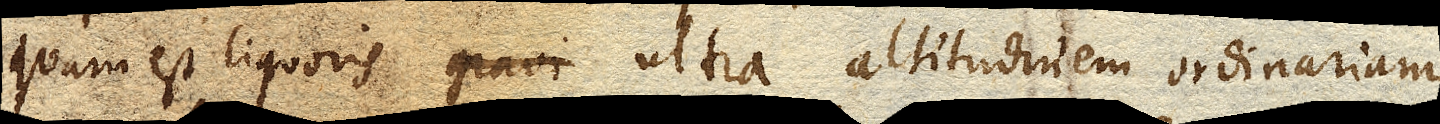
quam est liquoris ultra altitudinem ordinariam